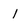
Character: l